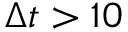
\Delta t > 1 0